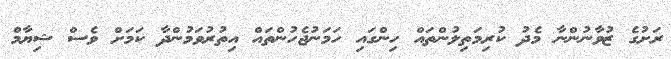
ރަށުގެ ޒުވާނުންނާ މެދު ކުރިމަތިލުންތައް ހިންގައި ހަމަނުޖެހުންތައް އިތުރުވަމުންދާ ކަމަށް ވެސް ޝިޔާމް